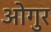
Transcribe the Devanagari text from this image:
ओगुर